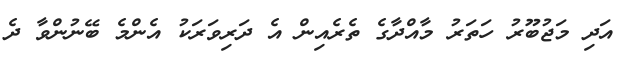
އަދި މަޖުބޫރު ހަތަރު މާއްދާގެ ތެރެއިން އެ ދަރިވަރަކު އެންމެ ބޭނުންވާ ދެ